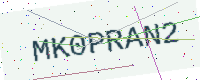
Text: MK0PRAN2